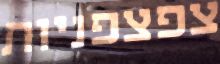
צפצפניות